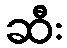
ဆီး